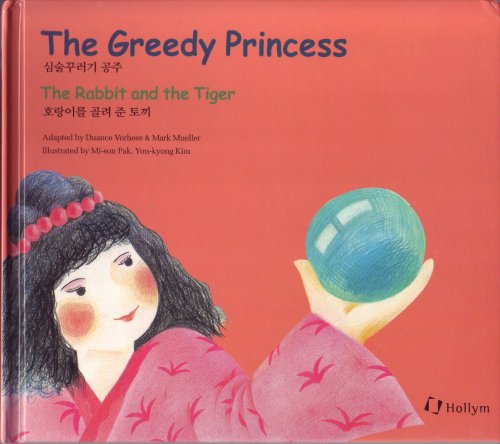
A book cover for Greedy Princess / The Rabbit and the Tiger (Korean Folk Tales for Children); Duance Vorhees; Teen & Young Adult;